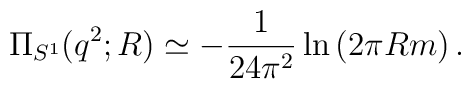
\Pi_{S^1}(q^2;R)\simeq -{1\over 24\pi^2}\ln \left(2\pi R m\right).